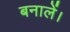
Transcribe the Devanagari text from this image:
बनालें।